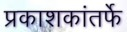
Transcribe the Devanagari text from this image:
प्रकाशकांतर्फे